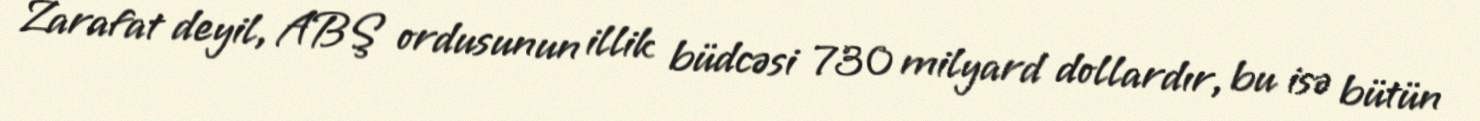
Zarafat deyil, ABŞ ordusunun illik büdcəsi 730 milyard dollardır, bu isə bütün